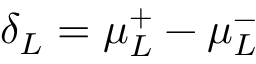
\delta _ { L } = \mu _ { L } ^ { + } - \mu _ { L } ^ { - }